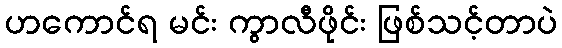
ဟကောင်ရ မင်း ကွာလီဖိုင်း ဖြစ်သင့်တာပဲ